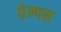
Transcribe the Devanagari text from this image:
ग्रेम्पस